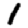
Digit: 1